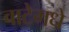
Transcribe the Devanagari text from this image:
वाटेमधे